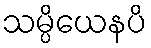
သမ္ပိယေနပိ